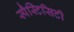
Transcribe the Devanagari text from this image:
स्पैस्टिसिटी